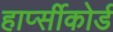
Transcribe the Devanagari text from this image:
हार्प्सीकोर्ड